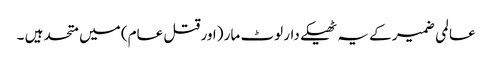
عالمی ضمیر کے یہ ٹھیکے دار لوٹ مار (اور قتل عام) میں متحد ہیں ۔